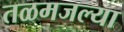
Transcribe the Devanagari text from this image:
तळमजल्या